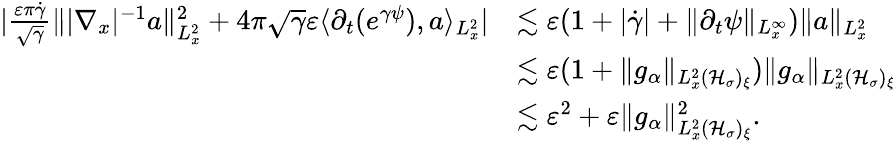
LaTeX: \begin{array}{rl}{|\frac{\varepsilon\pi\dot{\gamma}}{\sqrt{\gamma}}\| |\nabla_{x}|^{-1}a\| _{L_{x}^{2}}^{2}+4\pi\sqrt{\gamma}\varepsilon\langle\partial_{t}(e^{\gamma\psi}),a\rangle_{L_{x}^{2}}|}&{\lesssim\varepsilon(1+|\dot{\gamma}|+\| \partial_{t}\psi\| _{L_{x}^{\infty}})\| a\| _{L_{x}^{2}}}\\ &{\lesssim\varepsilon(1+\| g_{\alpha}\| _{L_{x}^{2}(\mathcal H_{\sigma})_{\xi}})\| g_{\alpha}\| _{L_{x}^{2}(\mathcal H_{\sigma})_{\xi}}}\\ &{\lesssim\varepsilon^{2}+\varepsilon\| g_{\alpha}\| _{L_{x}^{2}(\mathcal H_{\sigma})_{\xi}}^{2}.}\end{array}